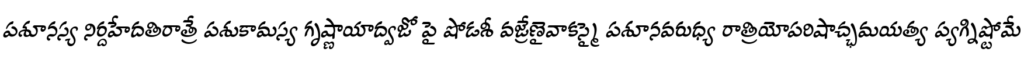
పశూనస్య నిర్దహేదతిరాత్రే పశుకామస్య గృష్ణాయాద్వజో పై షోడశీ వజ్రేణైవాకస్మై పశూనవరుధ్య రాత్రియోపరిషాచ్ఛమయత్య ప్యగ్నిష్టోమే